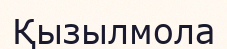
Қызылмола